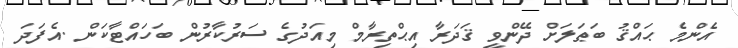
އެންމެ ޙައްޤު ބަޠަލަށް ދޭންވީ ޤަދަރާ އިޙްތިރާމް މިއަދުގެ ސަރުކާރުން ބަހައްޓާކަން .އެފަދަ